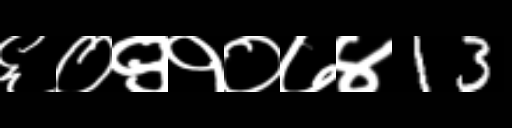
Text: ६०९१०७४13